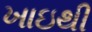
ખાઇથી